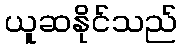
ယူဆနိုင်သည်